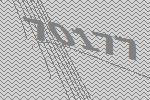
70177